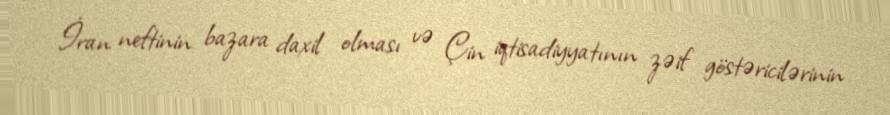
İran neftinin bazara daxil olması və Çin iqtisadiyyatının zəif göstəricilərinin